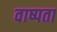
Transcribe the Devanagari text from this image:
वाष्पता